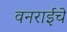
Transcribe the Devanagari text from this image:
वनराईचे